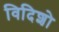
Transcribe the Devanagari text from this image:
विदिशो